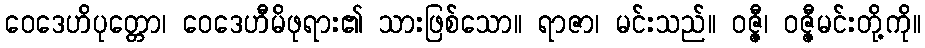
ဝေဒေဟိပုတ္တော၊ ဝေဒေဟီမိဖုရား၏ သားဖြစ်သော။ ရာဇာ၊ မင်းသည်။ ဝဇ္ဇီ၊ ဝဇ္ဇီမင်းတို့ကို။